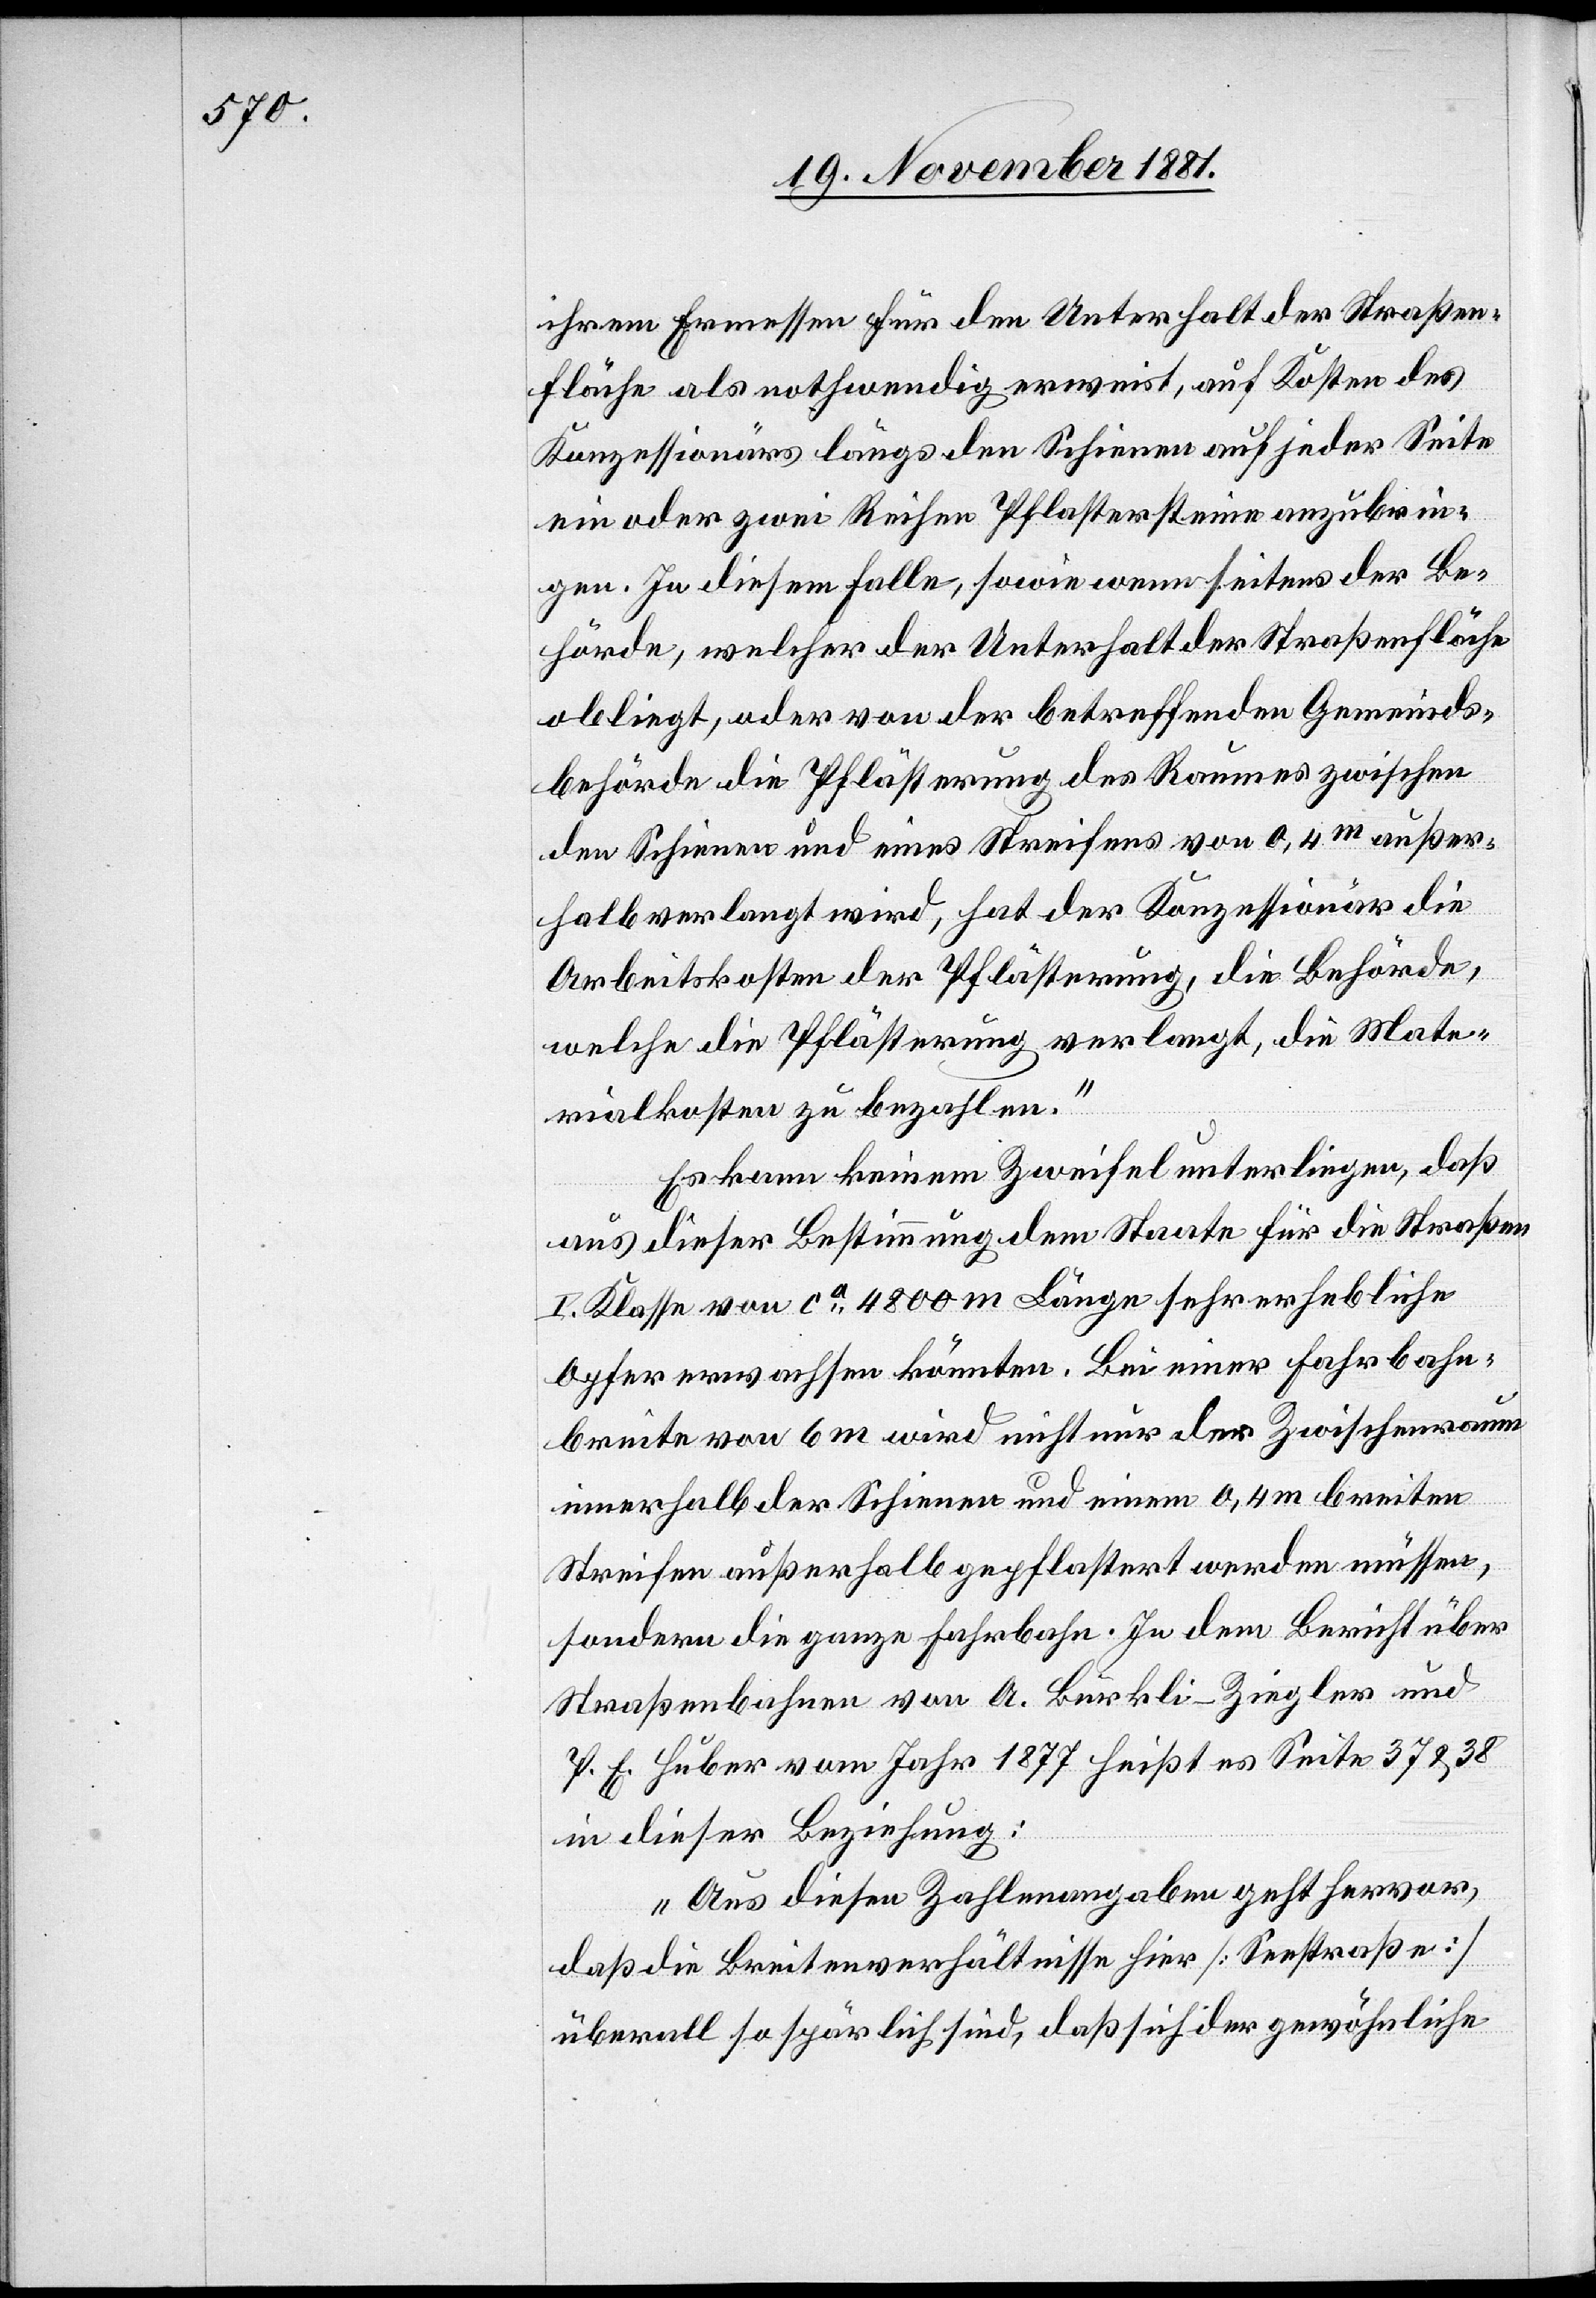
ihrem Ermessen für den Unterhalt der Straßen¬
fläche als nothwendig erweist, auf Kosten des
Konzessionärs längs den Schienen auf jeder Seite
ein oder zwei Reihen Pflastersteine anzubrin¬
gen. In diesem Falle, sowie wenn seitens der Be¬
hörde, welcher der Unterhalt der Straßenfläche
obliegt, oder von der betreffenden Gemeinds¬
behörde die Pflästerung des Raumes zwischen
den Schienen und eines Streifens von 0,4m außer¬
halb verlangt wird, hat der Konzessionär die
Arbeitskosten der Pflästerung, die Behörde,
welche die Pflästerung verlangt, die Mate¬
rialkosten zu bezahlen.“
Es kann keinem Zweifel unterliegen, daß
aus dieser Bestimmung dem Staate für die Straßen
I. Klasse von ca 4800m Länge sehr erhebliche
Opfer erwachsen könnten. Bei einer Fahrbahn¬
breite von 6m wird nicht nur der Zwischenraum
innerhalb der Schienen und einem 0,4m breiten
Streifen außerhalb gepflastert werden müssen,
sondern die ganze Fahrbahn. In dem Bericht über
Straßenbahnen von A. Bürkli-Ziegler und
P. E. Huber vom Jahr 1877 heißt es Seite 37 & 38
in dieser Beziehung:
„Aus diesen Zahlenangaben geht hervor,
daß die Breitenverhältnisse hier [Seestraße]
überall so spärlich sind, daß sich der gewöhnliche